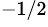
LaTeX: ^{-1/2}